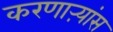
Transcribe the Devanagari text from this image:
करणाऱ्यांस